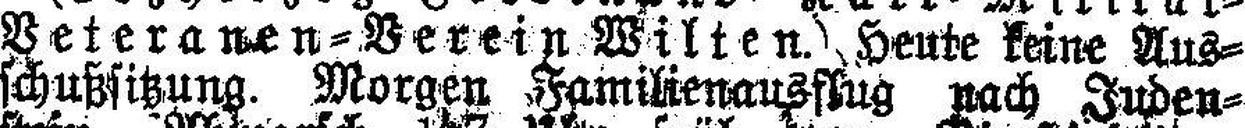
Veteranen=Verein Wilten. Heute keine Aus¬